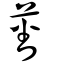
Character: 蕃